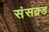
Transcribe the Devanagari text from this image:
संसक्र्ड